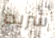
شريدر